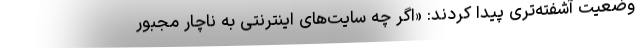
وضعیت آشفته‌تری پیدا کردند: «اگر چه سایت‌های اینترنتی به ناچار مجبور